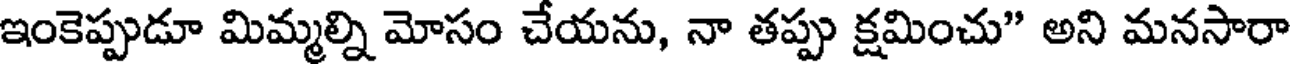
ఇంకెప్పుడూ మిమ్మల్ని మోసం చేయను, నా తప్పు క్షమించు" అని మనసారా